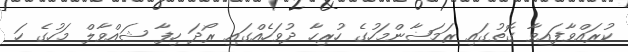
ކުރައްވާފައިވާ ގޮތުގައި ރަމަޟާންމަހުގެ ހުރިހާ ދުވަހެއްގައި ރޯދަ ހިފާ ޝައްވާލް މަހުގެ ހަ